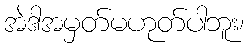
အဲဒါအမှတ်မဟုတ်ပါဘူး၊